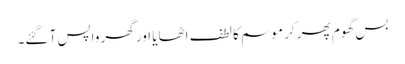
بس گھوم پھر کر موسم کا لطف اٹھایا اور گھر واپس آ گئے۔